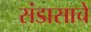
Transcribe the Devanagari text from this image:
संडासाचे